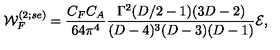
{ \cal W } _ { F } ^ { ( 2 ; s e ) } = { \frac { C _ { F } C _ { A } } { 6 4 { \pi } ^ { 4 } } } { \frac { \Gamma ^ { 2 } ( D / 2 - 1 ) ( 3 D - 2 ) } { ( D - 4 ) ^ { 3 } ( D - 3 ) ( D - 1 ) } } { \cal E } ,